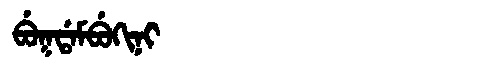
Manchu: ᠪᡠᡴᡩᠠᠮᠪᡠᡴᡳᠨᡳ
Romanization: BUKDAMBUKINI